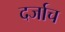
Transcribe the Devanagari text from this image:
दर्जाच